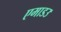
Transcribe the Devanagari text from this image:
एमाडउ